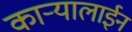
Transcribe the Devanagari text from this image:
कार्‍यालाईन